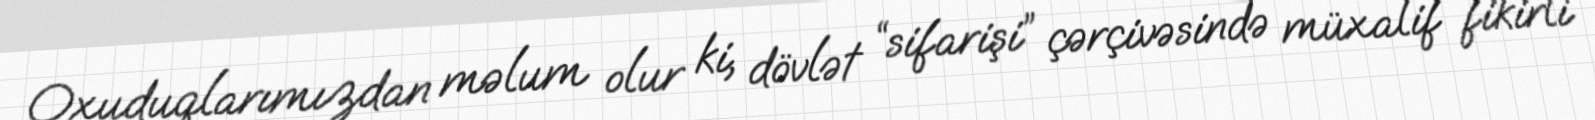
Oxuduqlarımızdan məlum olur ki, dövlət “sifarişi” çərçivəsində müxalif fikirli